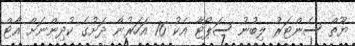
ޔޫތް ސެންޓަރު ލިބުނު ސަޕޯޓާ އެކު 16 އަހަރުން ދަށުގެ ކުދިންނަށް އާޓް